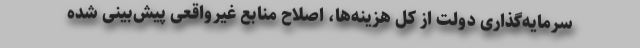
سرمایه‌گذاری دولت از کل هزینه‌ها، اصلاح منابع غیرواقعی پیش‌بینی شده